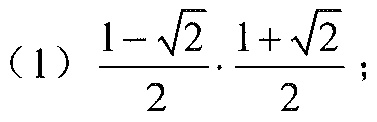
(1)$\frac{1 - \sqrt{2}}{2}\cdot\frac{1 + \sqrt{2}}{2}$；